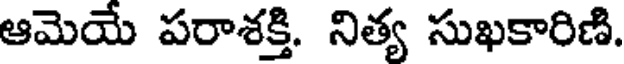
ఆమెయే పరాశక్తి. నిత్య సుఖకారిణి.